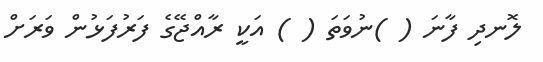
ލޮނދި ފާނަ ( )ނުވަތަ ( ) އަކީ ރާއްޖޭގެ ފަރުފަޅުން ވަރަށް